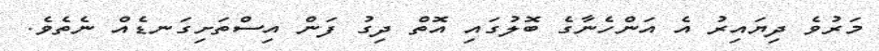
މަރުވެ ދިޔައިރު އެ އަންހެނާގެ ބޮލުގައި އޮތް ދިގު ފަން އިސްތަށިގަނޑެއް ނެތެވެ.